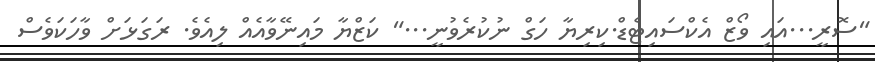
"ސޮރީ...އައި ވޯޒް އެކްސައިޓެޑް.ކިރިޔާ ހަގް ނުކުރެވުނީ..." ކަޒްޔާ މައިނޭވާއެއް ލިއެވެ. ރަގަޅަށް ވާހަކަވެސް